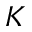
{ \cal K }